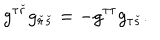
g ^ { \tau \check { r } } g _ { \check { r } \check { s } } = - g ^ { \tau \tau } g _ { \tau \check { s } } .